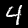
Label: 4